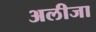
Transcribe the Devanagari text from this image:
अलीजा